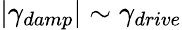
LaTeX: |\gamma_{damp}|\sim\gamma_{drive}